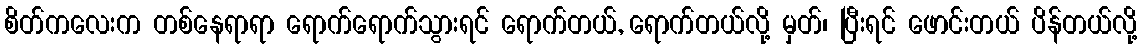
စိတ်ကလေးက တစ်နေရာရာ ရောက်ရောက်သွားရင် ရောက်တယ်, ရောက်တယ်လို့ မှတ်၊ ပြီးရင် ဖောင်းတယ် ပိန်တယ်လို့